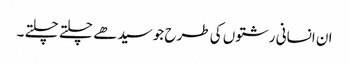
ان انسانی رشتوں کی طرح جو سیدھے چلتے چلتے ۔